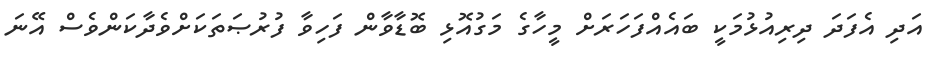
އަދި އެފަދަ ދިރިއުޅުމަކީ ބައެއްފަހަރަށް މީހާގެ މަގުއޮޅި ބޮޑާވާން ފަހިވާ ފުރުޞަތަކަށްވެދާކަންވެސް އޭނަ